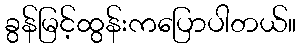
ခွန်မြင့်ထွန်းကပြောပါတယ်။